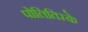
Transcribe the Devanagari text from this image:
पोलितिस्के